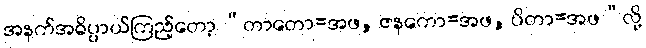
အနက်အဓိပ္ပာယ်ကြည့်တော့ “တာတော=အဖ, ဇနကော=အဖ, ပိတာ=အဖ”လို့